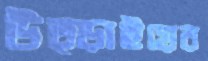
উত্ড়াইয়ের